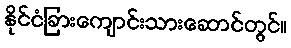
နိုင်ငံခြားကျောင်းသားဆောင်တွင်။